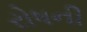
રોષની